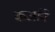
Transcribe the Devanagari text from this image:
कर्जाने